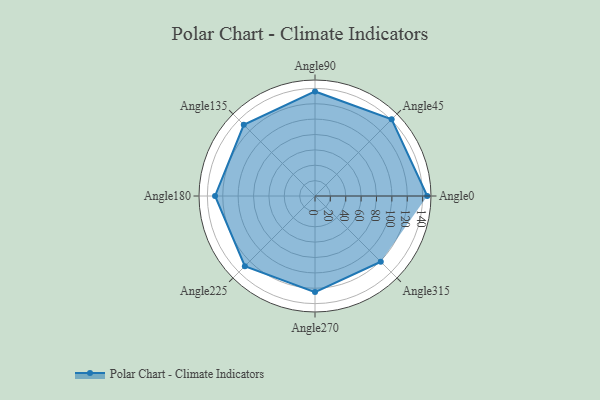
{"axis": {"x": "Angle", "y": "Radius"}, "legend": [""], "data": [{"x": "Angle0", "y": 146.0, "type": ""}, {"x": "Angle45", "y": 141.0, "type": ""}, {"x": "Angle90", "y": 136.0, "type": ""}, {"x": "Angle135", "y": 131.0, "type": ""}, {"x": "Angle180", "y": 130.0, "type": ""}, {"x": "Angle225", "y": 129.0, "type": ""}, {"x": "Angle270", "y": 125.0, "type": ""}, {"x": "Angle315", "y": 121.0, "type": ""}]}